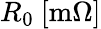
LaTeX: R_{0}\ [\mathrm{m}\Omega]